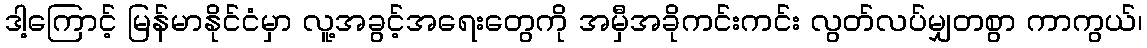
ဒါ့ကြောင့် မြန်မာနိုင်ငံမှာ လူ့အခွင့်အရေးတွေကို အမှီအခိုကင်းကင်း လွတ်လပ်မျှတစွာ ကာကွယ်၊